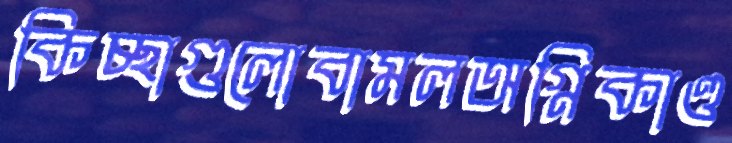
কিচ্ছাগুলোবামলঅগ্নিকাণ্ড